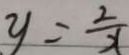
y = \frac { 2 } { x }